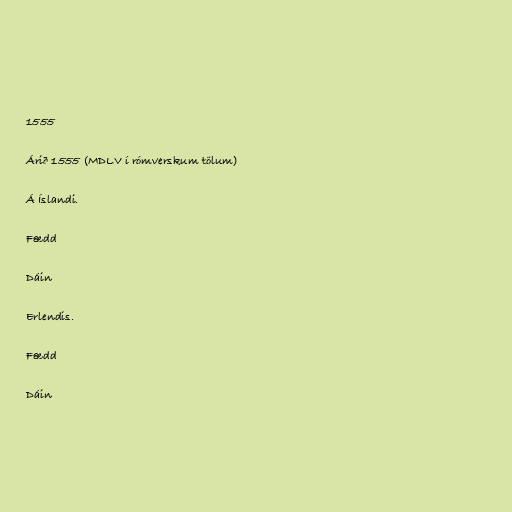
1555

Árið 1555 (MDLV í rómverskum tölum)

Á Íslandi.

Fædd

Dáin

Erlendis.

Fædd

Dáin